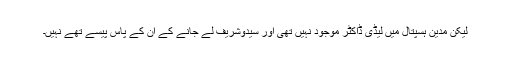
لیکن مدین ہسپتال میں لیڈی ڈاکٹر موجود نہیں تھی اور سیدوشریف لے جانے کے ان کے پاس پیسے تھے نہیں۔